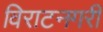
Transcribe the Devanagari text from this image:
विराटनगरी